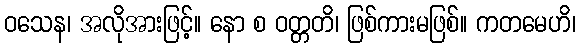
ဝသေန၊ အလိုအားဖြင့်။ နော စ ဝတ္တတိ၊ ဖြစ်ကားမဖြစ်။ ကတမေဟိ၊